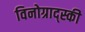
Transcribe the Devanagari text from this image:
विनोग्राद्स्की